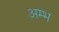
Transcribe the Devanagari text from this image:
अम्भ